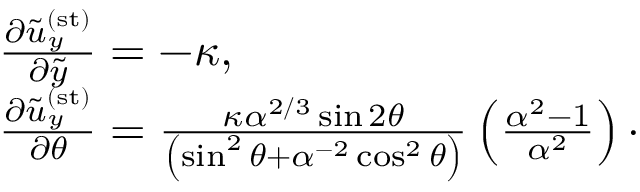
\begin{array} { r l } & { \frac { \partial \tilde { u } _ { y } ^ { \mathrm { ( s t ) } } } { \partial \tilde { y } } = - \kappa , } \\ & { \frac { \partial \tilde { u } _ { y } ^ { \mathrm { ( s t ) } } } { \partial \theta } = \frac { \kappa \alpha ^ { 2 / 3 } \sin 2 \theta } { \left( \sin ^ { 2 } \theta + \alpha ^ { - 2 } \cos ^ { 2 } \theta \right) } \left( \frac { \alpha ^ { 2 } - 1 } { \alpha ^ { 2 } } \right) \cdot } \end{array}